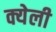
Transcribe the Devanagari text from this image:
क्येली